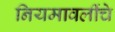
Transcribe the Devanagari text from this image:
नियमावलींचे